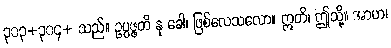
၃၀၃+၃၀၄+ သည်။ ဥပ္ပဇ္ဇတိ နု ခေါ၊ ဖြစ်လေသလော။ ဣတိ၊ ဤသို့။ အာဟ၊